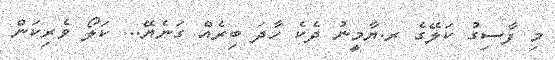
މި ފާސިގު ކަލޭގެ ރ.ޔާމީނު ދެކެ ހާދަ ބިރެއް ގަނެޔޭ... ކަލޯ ވެރިކަން